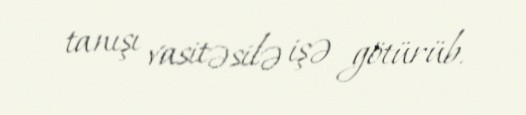
tanışı vasitəsilə işə götürüb.